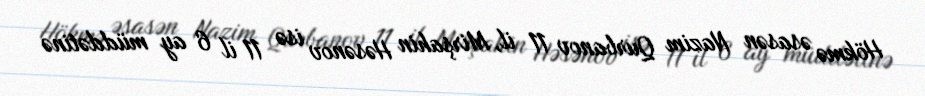
Hökmə əsasən Nazim Qurbanov 11 il, Mirşahin Həsənov isə 11 il 6 ay müddətinə